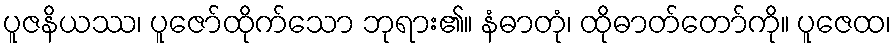
ပူဇနိယဿ၊ ပူဇော်ထိုက်သော ဘုရား၏။ နံဓာတုံ၊ ထိုဓာတ်တော်ကို။ ပူဇေထ၊